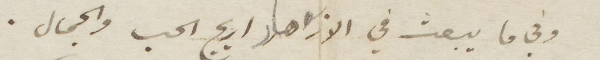
وفي ما يبعث في الازهار اريج الحب والجمال.